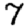
Digit: 7